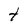
Character: t